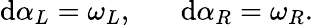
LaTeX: \mathrm{d}\alpha_{L}=\omega_{L},\; \; \; \; \; \; \mathrm{d}\alpha_{R}=\omega_{R}.